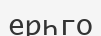
ерһго